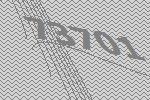
73701